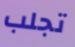
تجلب